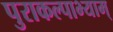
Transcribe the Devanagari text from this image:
पुराकल्पाभ्याम्